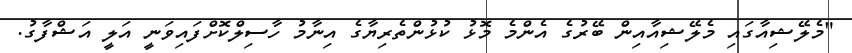
"މެލޭޝިއާގައި މެލޭޝިއާއިން ބޭރުގެ އެންމެ މޮޅު ކުޅުންތެރިޔާގެ އިނާމު ހާސިލްކޮށްފައިވަނީ އަލީ އަޝްފާގު.